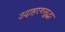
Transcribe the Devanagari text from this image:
उदाहरणसुद्धा